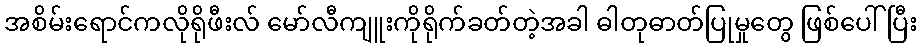
အစိမ်းရောင်ကလိုရိုဖီးလ် မော်လီကျူးကိုရိုက်ခတ်တဲ့အခါ ဓါတုဓာတ်ပြုမှုတွေ ဖြစ်ပေါ်ပြီး